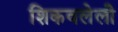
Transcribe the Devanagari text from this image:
शिकवलेली